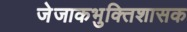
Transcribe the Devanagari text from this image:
जेजाकभुक्तिशासक